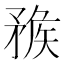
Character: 𥍶